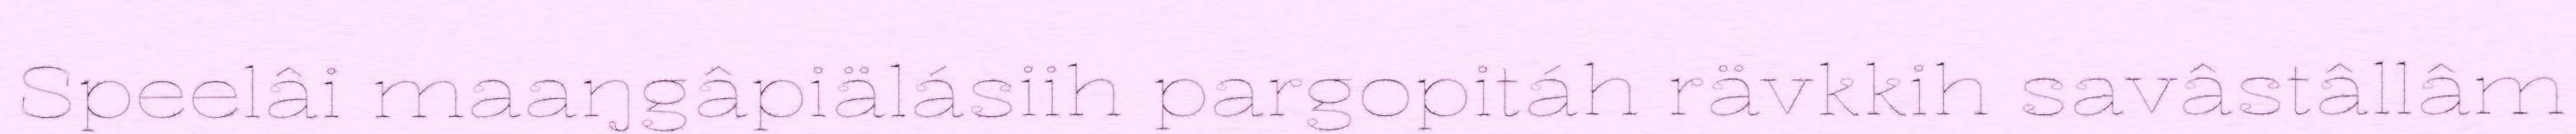
Speelâi maaŋgâpiälásiih pargopitáh rävkkih savâstâllâm